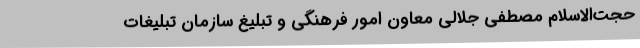
حجت‌الاسلام مصطفی جلالی معاون امور فرهنگی و تبلیغ سازمان تبلیغات